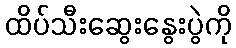
ထိပ်သီးဆွေးနွေးပွဲကို